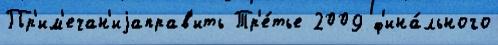
Пр'им'ечан'иjаправ'ить Тр'е́тье 2009 ф'ина́льного